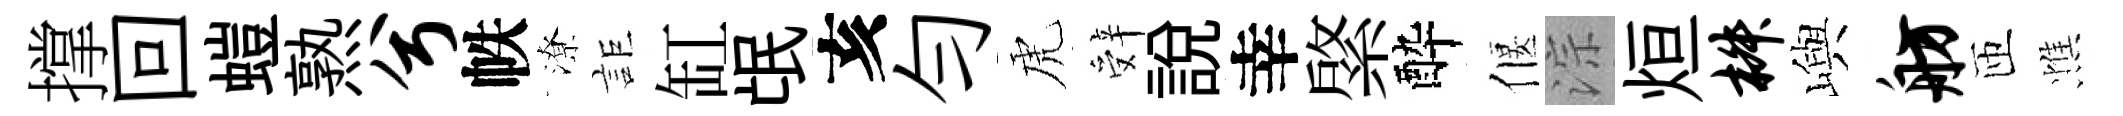
撑回螘熟兮帙潦詎缸氓亥勻虎辤説幸綮酔偃淙烜椒嶼舫匝憔